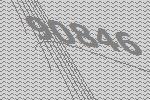
90846